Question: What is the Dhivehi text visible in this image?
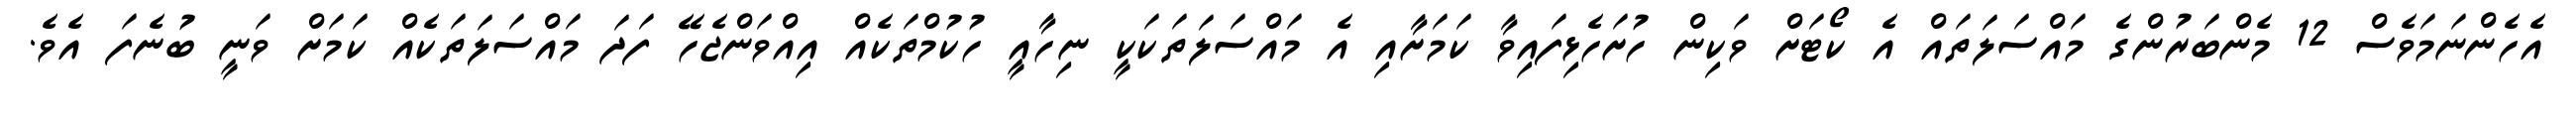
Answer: އެހެންނަމަވެސް 12 މެންބަރުންގެ މައްސަލަތައް އެ ކޯޓަށް ވަކިން ހުށަހެޅިފައިވާ ކަމަށާއި އެ މައްސަލަތަކަކީ ނިހާއީ ހުކުމްތަކެއް އިއްވަންޖެހޭ ފަދަ މައްސަލަތަކެއް ކަމަށް ވަނީ ބުނެފަ އެވެ.